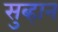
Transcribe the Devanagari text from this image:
सुब्हान